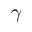
\gamma